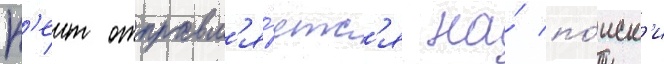
К'еит отправл'я́етс'я на́ по́иск'и